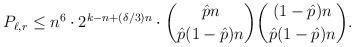
LaTeX: \begin{align*} P_{\ell,r} &\leq n^6\cdot 2^{k-n+(\delta/3)n} \cdot \binom{\hat{p}n}{\hat{p}(1-\hat{p})n} \binom{(1-\hat{p})n}{\hat{p}(1-\hat{p})n}.\end{align*}